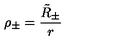
\rho _ { \pm } = \frac { \tilde { R } _ { \pm } } { r }